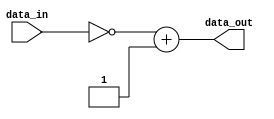
module nibble_2s_complement(
    input [3:0]data_in,
    output [3:0]data_out
    );
    assign data_out=~(data_in)+1'b1;
endmodule